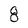
Character: 8